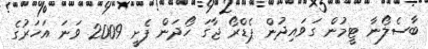
ބާސެލޯނާ ޓީމުން ގަވައިދުން ޕެޑްރޯ ޖާގަ ހޯދަން ފެށީ 2009 ވަނަ އަހަރުގެ